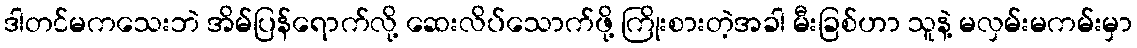
ဒါတင်မကသေးဘဲ အိမ်ပြန်ရောက်လို့ ဆေးလိပ်သောက်ဖို့ ကြိုးစားတဲ့အခါ မီးခြစ်ဟာ သူနဲ့ မလှမ်းမကမ်းမှာ